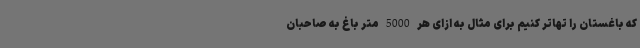
که باغستان را تهاتر کنیم برای مثال به ازای هر 5000 متر باغ به صاحبان